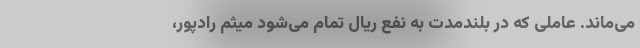
می‌ماند. عاملی که در بلندمدت به نفع ریال تمام می‌شود میثم رادپور،